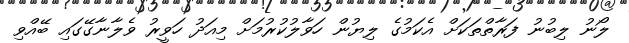
ލޯނު ލިބުނު ފަރާތްތަކަށް އެކަމުގެ ލިޔުން ހަވާލުކުރުމަށް މިއަދު ހަވީރު ވެލާނާގޭގައި ބޭއްވި